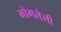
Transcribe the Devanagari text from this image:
भोगलेली